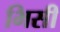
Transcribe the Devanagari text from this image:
भिसी